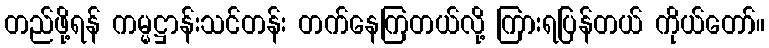
တည်ဖို့ရန် ကမ္မဋ္ဌာန်းသင်တန်း တက်နေကြတယ်လို့ ကြားရပြန်တယ် ကိုယ်တော်။